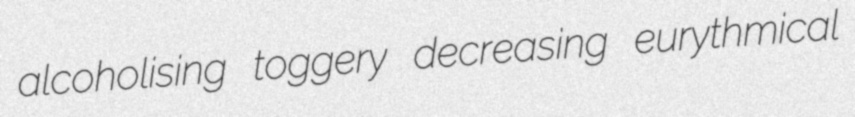
alcoholising toggery decreasing eurythmical